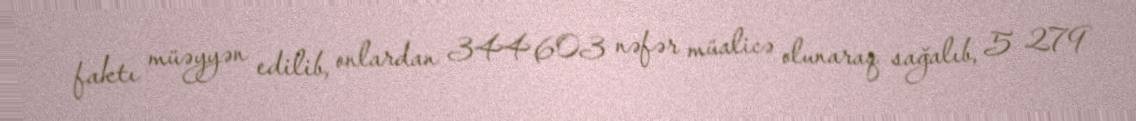
faktı müəyyən edilib, onlardan 344 603 nəfər müalicə olunaraq sağalıb, 5 279